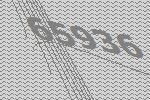
65936